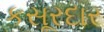
કસૂરદાર